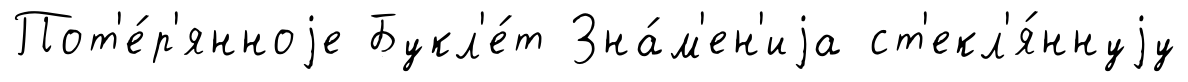
Пот'е́р'янноjе Букл'е́т Зна́м'ен'иjа ст'екл'я́ннуjу